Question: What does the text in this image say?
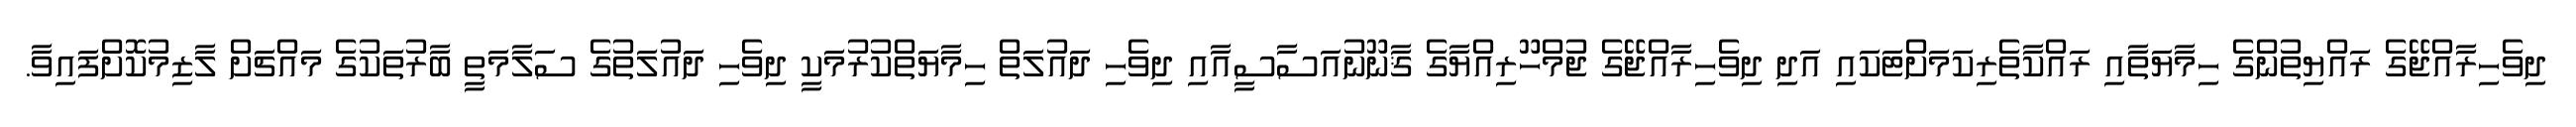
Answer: ދިވެހިރާއްޖޭގެ ރައްޔިތުންގެ ހިމާޔަތާއި ރައްކާތެރިކަމަށްޓަކައި އަދި ދިވެހިރާއްޖޭގެ ޖުމްހޫރިއްޔާގެ ޤާނޫނުއަސާސީއާއި ދިވެހި ދައުލަތް ހިމާޔަތްކުރުމަކީ ދިވެހި ދައުލަތުގެ ސަލާމަތީ ބާރުތަކުގެ މައްޗަށް ލާޒިމުކޮށްފައިވާ.